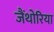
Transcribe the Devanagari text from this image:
जैंथोरिया